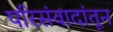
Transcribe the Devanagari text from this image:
परिसंवादांतून